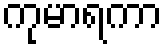
ကုမာရကာ